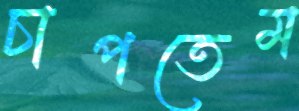
চাপতেম